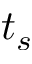
t _ { s }